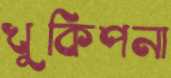
খুকিপনা